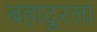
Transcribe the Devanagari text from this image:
बहादूरला